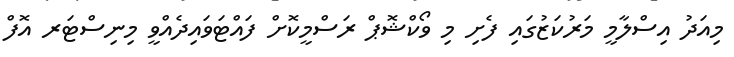
މިއަދު އިސްލާމީ މަރުކަޒުގައި ފެށި މި ވޯކްޝޮޕް ރަސްމީކޮށް ފައްޓަވައިދެއްވީ މިނިސްޓަރ އޮފް